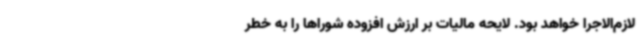
لازم‌الاجرا خواهد بود. لایحه مالیات بر ارزش افزوده شوراها را به خطر